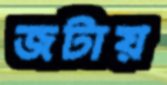
জটায়